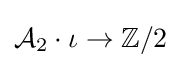
{\mathcal {A}}_{2}\cdot \iota \to \mathbb {Z} /2